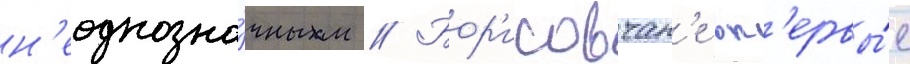
н'еоднозна́чным // Бор'исовчан'е вп'ервы́е